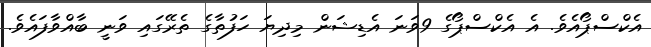
އެކްސްޕޯއެވެ. އެ އެކްސްޕޯގެ 9ވަނަ އެޑިޝަން މިދިޔަ ހަފުތާގެ ތެރޭގައި ވަނީ ބާއްވާފައެވެ.